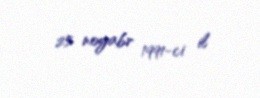
25 noyabr 1991-ci il